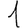
Digit: 1